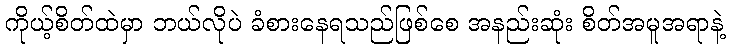
ကိုယ့်စိတ်ထဲမှာ ဘယ်လိုပဲ ခံစားနေရသည်ဖြစ်စေ အနည်းဆုံး စိတ်အမူအရာနဲ့